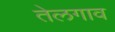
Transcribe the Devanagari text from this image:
तेलगाव